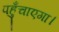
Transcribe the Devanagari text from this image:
पहुँचाएगा।